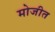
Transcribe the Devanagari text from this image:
मोजीत